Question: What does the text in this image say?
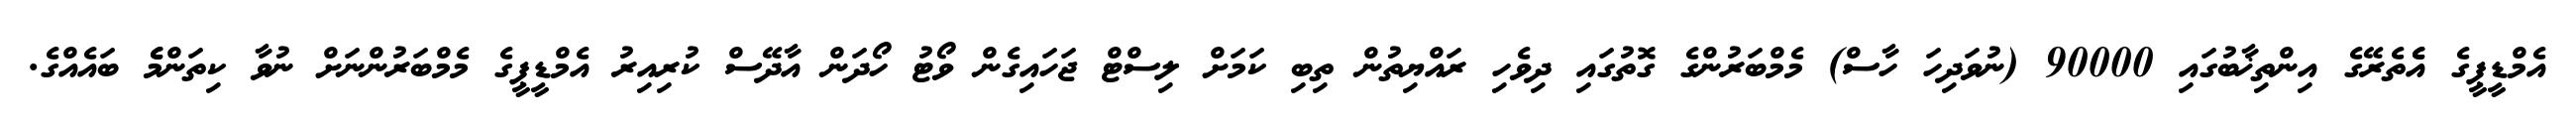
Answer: އެމްޑީޕީގެ އެެތެރޭގެ އިންތިޚާބުގައި 90000 (ނުވަދިހަ ހާސް) މެމްބަރުންގެ ގޮތުގައި ދިވެހި ރައްޔިތުން ތިބި ކަމަށް ލިސްޓް ޖަހައިގެން ވޯޓު ހޯދަން އާދޭސް ކުރިއިރު އެމްޑީޕީގެ މެމްބަރުންނަށް ނުވާ ކިތަންމެެ ބައެއްގެ.